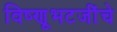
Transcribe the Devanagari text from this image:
विष्णूभटजींचे